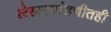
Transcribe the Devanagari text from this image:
लेखनमांडणीतही